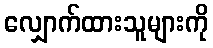
လျှောက်ထားသူများကို